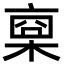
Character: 𣖇